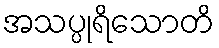
အသပ္ပုရိသောတိ